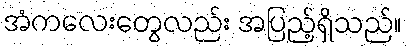
အံကလေးတွေလည်း အပြည့်ရှိသည်။